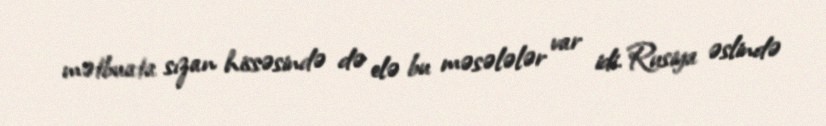
mətbuata sızan hissəsində də elə bu məsələlər var idi. Rusiya əslində